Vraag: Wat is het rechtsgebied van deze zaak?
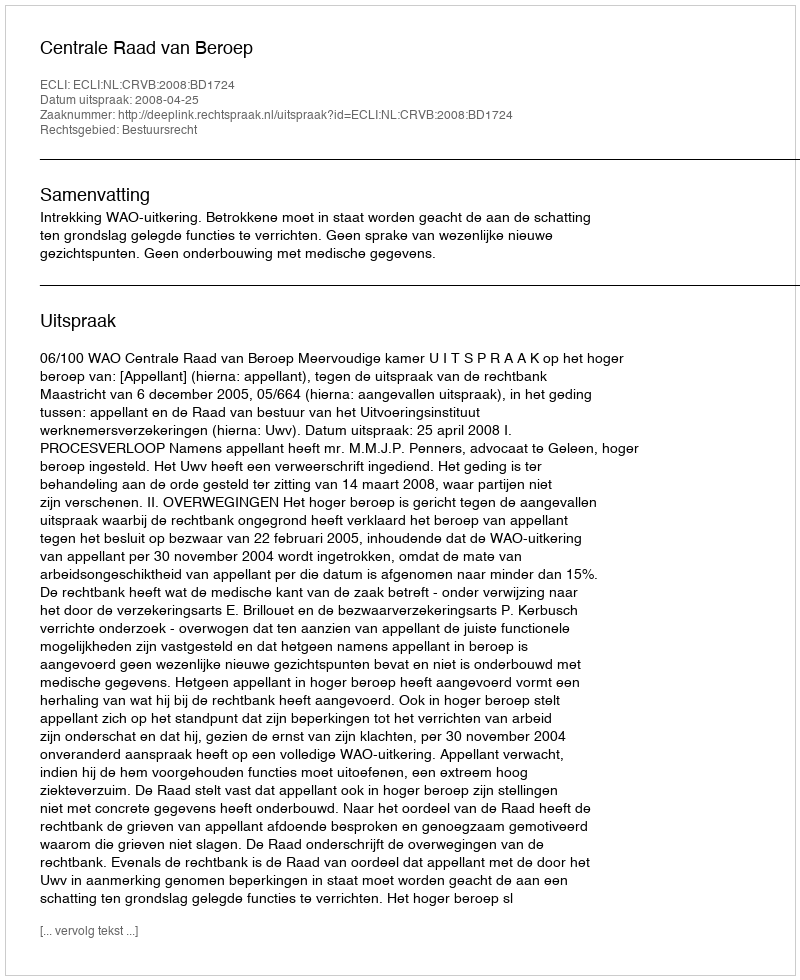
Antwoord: Bestuursrecht